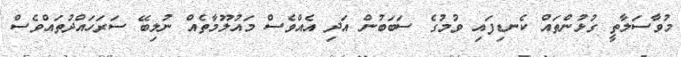
މުވާސަލާތީ ގުޅުންތައް ކެނޑިފައި ވުމުގެ ސަބަބުން އަދި އެއްވެސް މައުލޫމާތެއް ނުލިބޭ ސަރަހައްދުތައްވެސް